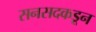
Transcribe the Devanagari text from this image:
सनसदकडून